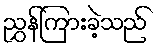
ညွှန်ကြားခဲ့သည်